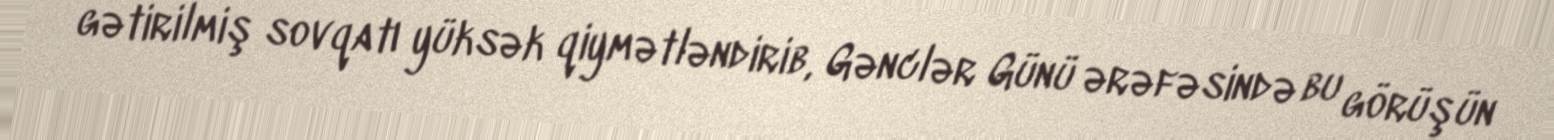
gətirilmiş sovqatı yüksək qiymətləndirib, Gənclər Günü ərəfəsində bu görüşün